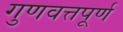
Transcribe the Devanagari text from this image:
गुणवत्तपूर्ण